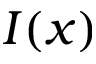
I ( x )